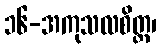
၁၆-အကုသလစိတ္တ၊